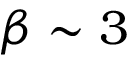
\beta \sim 3